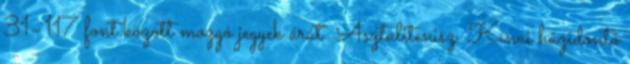
31–117 font között mozgó jegyek árát. Asztalitenisz. Kínai házidöntő